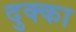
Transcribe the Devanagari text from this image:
दुक्का